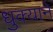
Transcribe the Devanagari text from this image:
धुक्याने